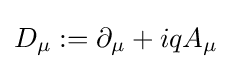
D_{\mu }:=\partial _{\mu }+iqA_{\mu }